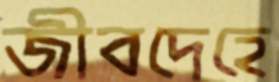
জীবদেহে